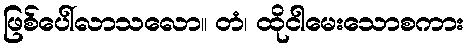
ဖြစ်ပေါ်လာသလော။ တံ၊ ထိုငါမေးသောစကား